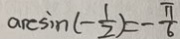
\arcsin ( - \frac { 1 } { 2 } ) = - \frac { \pi } { 6 }